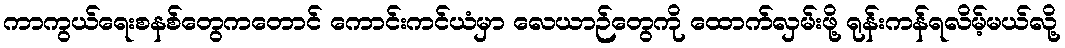
ကာကွယ်ရေးစနစ်တွေကတောင် ကောင်းကင်ယံမှာ လေယာဉ်တွေကို ထောက်လှမ်းဖို့ ရုန်းကန်ရလိမ့်မယ်လို့